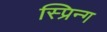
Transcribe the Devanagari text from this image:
स्प्रिन्ग